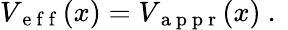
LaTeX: V_{\mathrm{~e~f~f~}}(x)=V_{\mathrm{~a~p~p~r~}}(x)\mathrm{~.~}